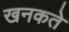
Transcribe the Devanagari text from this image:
खनकते